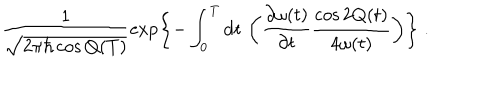
LaTeX: \frac { 1 } { \sqrt { 2 \pi \hbar \cos Q ( T ) } } \exp \left\{ - \int _ { 0 } ^ { T } \mathrm { d t } \, \left( \frac { \partial \omega ( t ) } { \partial t } \frac { \cos 2 Q ( t ) } { 4 \omega ( t ) } \right) \right\} \; .